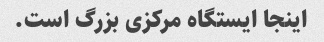
اینجا ایستگاه مرکزی بزرگ است.